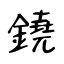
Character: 鐃